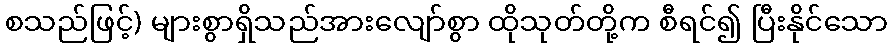
စသည်ဖြင့်) များစွာရှိသည်အားလျော်စွာ ထိုသုတ်တို့က စီရင်၍ ပြီးနိုင်သော